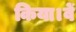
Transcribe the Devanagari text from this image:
किया।वें